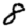
Digit: 8